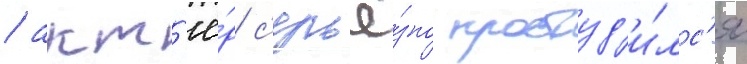
/ акт'ё́р с'ерьё́зно простуд'и́лс'я